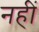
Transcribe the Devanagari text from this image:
नहीं